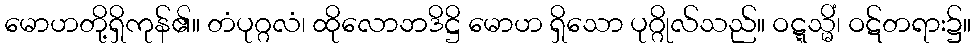
မောဟတို့ရှိကုန်၏။ တံပုဂ္ဂလံ၊ ထိုလောဘဒိဋ္ဌိ မောဟ ရှိသော ပုဂ္ဂိုလ်သည်။ ဝဋ္ဋသ္မိံ၊ ဝဋ်တရား၌။